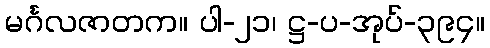
မင်္ဂလဇာတက။ ပါ-၂၁၊ ဋ္ဌ-ပ-အုပ်-၃၉၄။